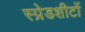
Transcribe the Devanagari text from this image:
स्प्रेडशीटों